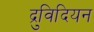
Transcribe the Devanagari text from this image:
द्रुविदियन